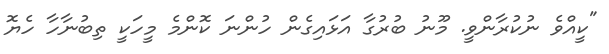
"ކީއްވެ ނުކުރާންވީ. މޫނު ބުރުގާ އަޅައިގެން ހުންނަ ކޮންމެ މީހަކީ ތިބުނާހާ ހެޔޮ